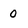
Character: 0